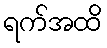
ရက်အထိ